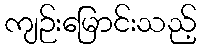
ကျဉ်းမြောင်းသည့်